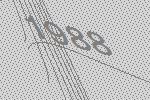
1988